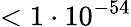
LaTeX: <1\cdot 10^{-54}